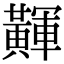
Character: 𪏕